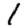
Digit: 1